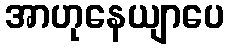
အာဟုနေယျာပေ